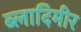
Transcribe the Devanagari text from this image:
ब्लादिमीर